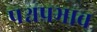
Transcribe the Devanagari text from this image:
पश्चप्रभाव